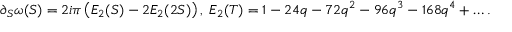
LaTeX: \partial _ { S } \omega ( S ) = 2 i \pi \left( E _ { 2 } ( S ) - 2 E _ { 2 } ( 2 S ) \right) , \; E _ { 2 } ( T ) = 1 - 2 4 q - 7 2 q ^ { 2 } - 9 6 q ^ { 3 } - 1 6 8 q ^ { 4 } + \dots .